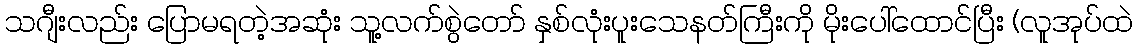
သဂျီးလည်း ပြောမရတဲ့အဆုံး သူ့လက်စွဲတော် နှစ်လုံးပူးသေနတ်ကြီးကို မိုးပေါ်ထောင်ပြီး (လူအုပ်ထဲ